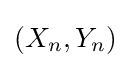
(X_{n},Y_{n})